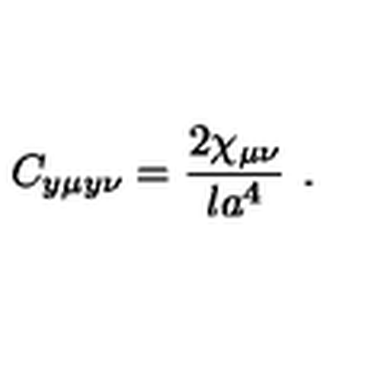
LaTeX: C _ { y \mu y \nu } = { \frac { 2 \chi _ { \mu \nu } } { l a ^ { 4 } } } \ .